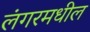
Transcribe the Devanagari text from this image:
लंगरमधील